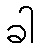
ခါ